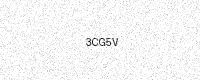
Text: 3CG5V